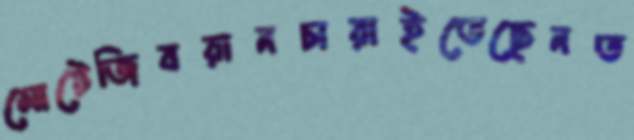
মোটেজিবরানচারাইতেছেনত